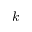
k